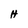
Character: H